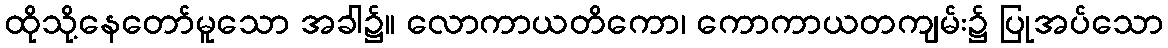
ထိုသို့နေတော်မူသော အခါ၌။ လောကာယတိကော၊ ကောကာယတကျမ်း၌ ပြုအပ်သော